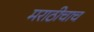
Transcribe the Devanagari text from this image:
मराठीचाच